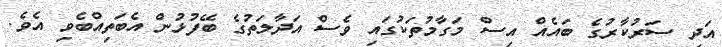
އަދި ސަރުކާރުގެ ބައެއް އިސް މަގާމުތަކުގައި ވެސް އަދާލަތުގެ ބޭފުޅުން އެބަތިއްބެވި އެވެ.